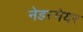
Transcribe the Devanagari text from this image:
नेडरमेयर